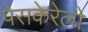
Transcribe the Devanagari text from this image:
पेसकेरेलो